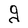
Character: g